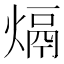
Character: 𤌦